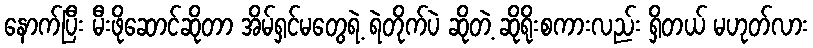
နောက်ပြီး မီးဖိုဆောင်ဆိုတာ အိမ်ရှင်မတွေရဲ့ ရဲတိုက်ပဲ ဆိုတဲ့ ဆိုရိုးစကားလည်း ရှိတယ် မဟုတ်လား